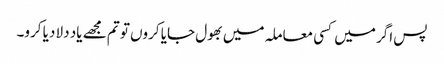
پس اگر میں کسی معاملہ میں بھول جایا کروں تو تم مجھے یاد دلا دیا کرو۔